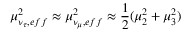
\mu _ { \nu _ { \tau } , e f f } ^ { 2 } \approx \mu _ { \nu _ { \mu } , e f f } ^ { 2 } \approx \frac { 1 } { 2 } ( \mu _ { 2 } ^ { 2 } + \mu _ { 3 } ^ { 2 } )